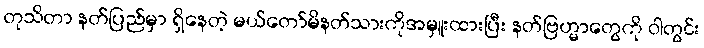
တုသိတာ နတ်ပြည်မှာ ရှိနေတဲ့ မယ်တော်မိနတ်သားကိုအမှူးထားပြီး နတ်ဗြဟ္မာတွေကို ဝါတွင်း